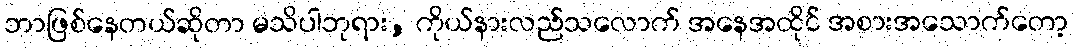
ဘာဖြစ်နေတယ်ဆိုတာ မသိပါဘုရား, ကိုယ်နားလည်သလောက် အနေအထိုင် အစားအသောက်တော့